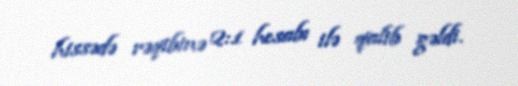
hissədə rəqibinə 2:1 hesabı ilə qalib gəldi.